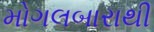
મોગલબારાથી